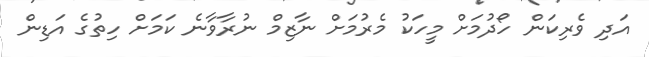
އަދި ވެރިކަން ހޯދުމަށް މީހަކު މެރުމަށް ނާޒިމް ނުރާވާނެ ކަމަށް ހިތުގެ އަޑިން